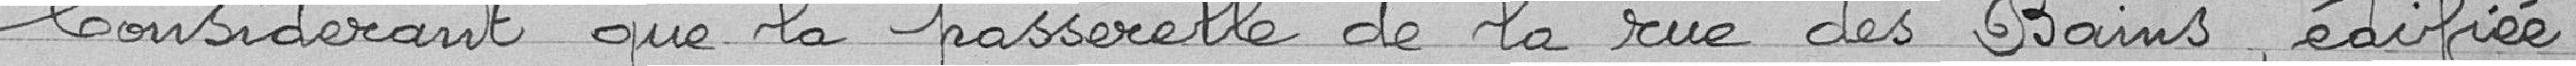
Considérant que la passerelle de la rue des Bains, édifiée